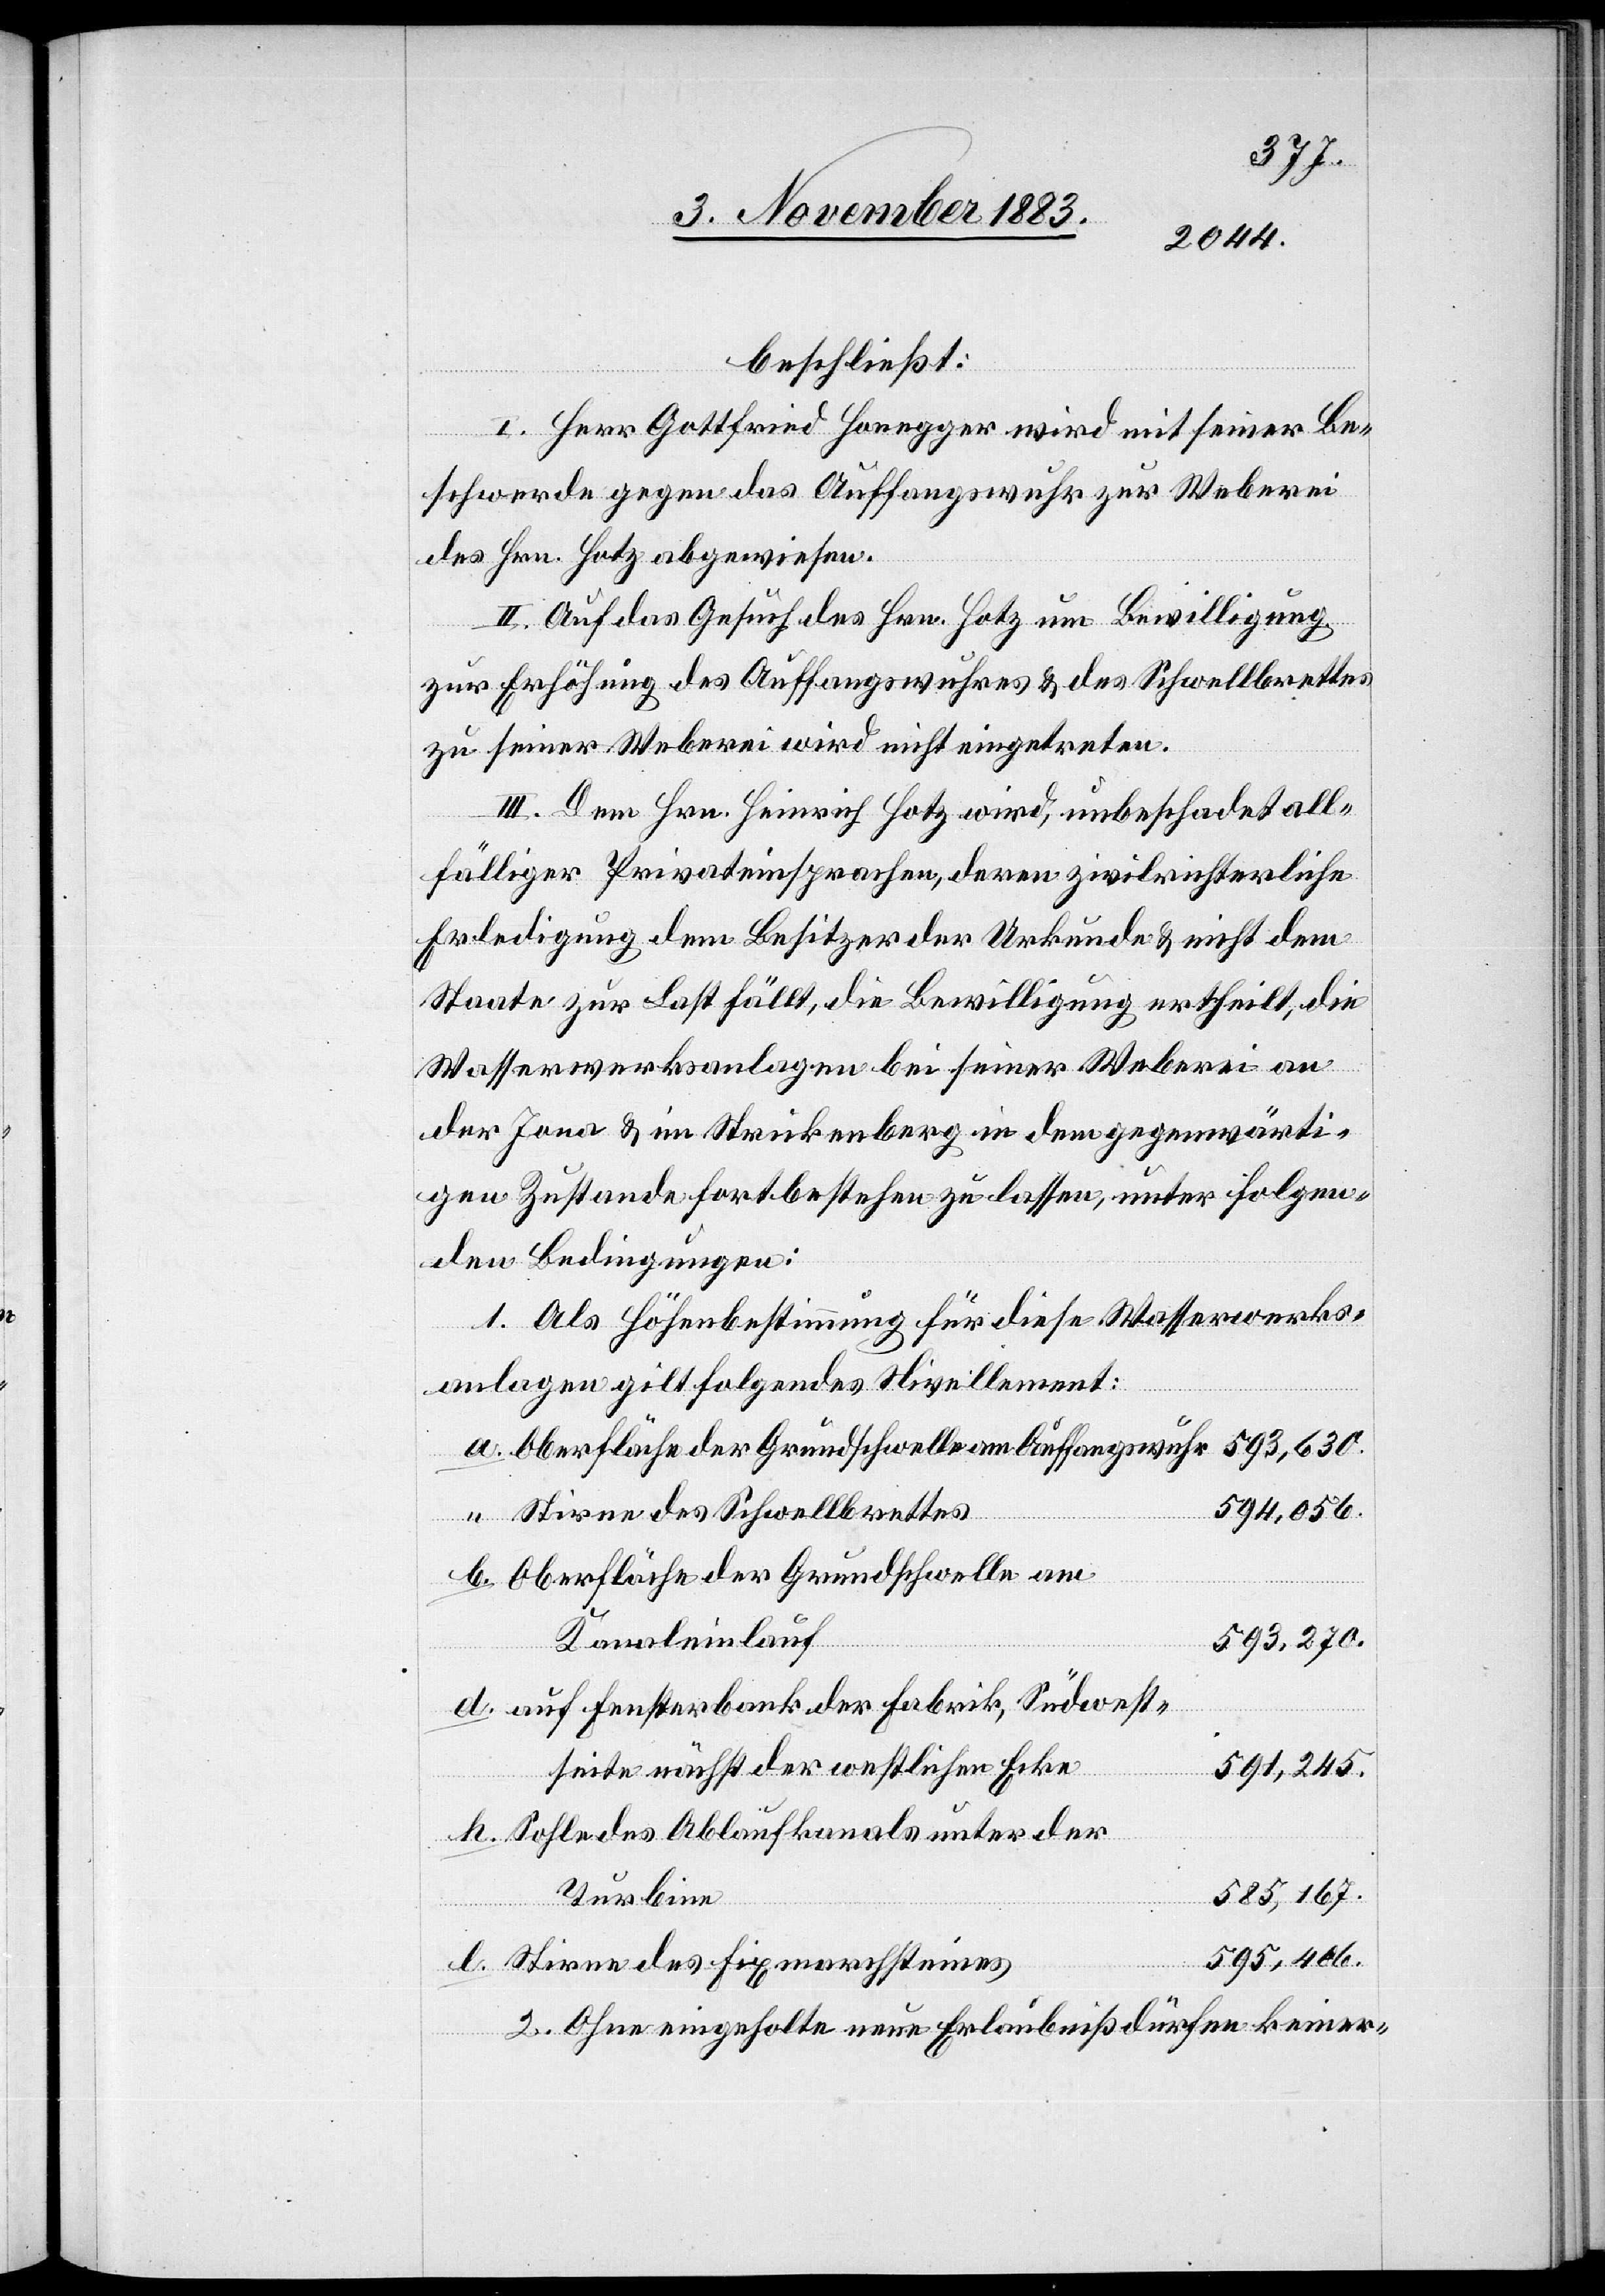
beschließt:
I. Herr Gottfried Honegger wird mit seiner Be¬
schwerde gegen das Auffangswuhr zur Weberei
des Hrn. Hotz abgewiesen.
II. Auf das Gesuch des Hrn. Hotz um Bewilligung
zur Erhöhung des Auffangswuhres & des Schwellbrettes
zu seiner Weberei wird nicht eingetreten.
III. Dem Hrn. Heinrich Hotz wird, unbeschadet all¬
fälliger Privateinsprachen, deren zivilrichterliche
Erledigung dem Besitzer der Urkunde & nicht dem
Staate zur Last fällt, die Bewilligung ertheilt, die
Wasserwerksanalgen bei seiner Weberei an
den Bedingungen:
1. Als Höhenbestimmung für diese Wasserwerks¬
anlagen gilt folgendes Nivellement:
Stirne des Schwellbrettes
594,056.
Oberfläche der Grundschwelle am
Kanaleinlauf
593,270.
auf Fensterbank der Fabrik, Südwest¬
seite nächst der westlichen Ecke
591,245.
Sohle des Ablaufkanals unter der
585,167.
Turbine
595,406.
l.
Stirne des Fixmarchsteines
2. Ohne eingeholte neue Erlaubniß dürfen keiner-